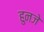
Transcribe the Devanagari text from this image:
हुनजे